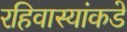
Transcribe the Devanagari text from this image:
रहिवास्यांकडे